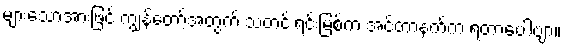
များသောအားဖြင့် ကျွန်တော့်အတွက် သတင်းရင်းမြစ်က အင်တာနက်က ရတာပေါ့ဗျာ။